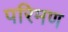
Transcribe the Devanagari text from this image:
परिमण